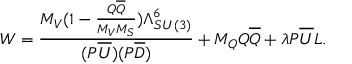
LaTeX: W = \frac { M _ { V } ( 1 - \frac { Q \overline { { { Q } } } } { M _ { V } M _ { S } } ) \Lambda _ { S U ( 3 ) } ^ { 6 } } { ( P \overline { { { U } } } ) ( P \overline { { { D } } } ) } + M _ { Q } Q \overline { { { Q } } } + \lambda P \overline { { { U } } } L .